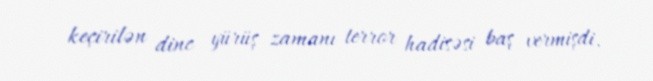
keçirilən dinc yürüş zamanı terror hadisəsi baş vermişdi.